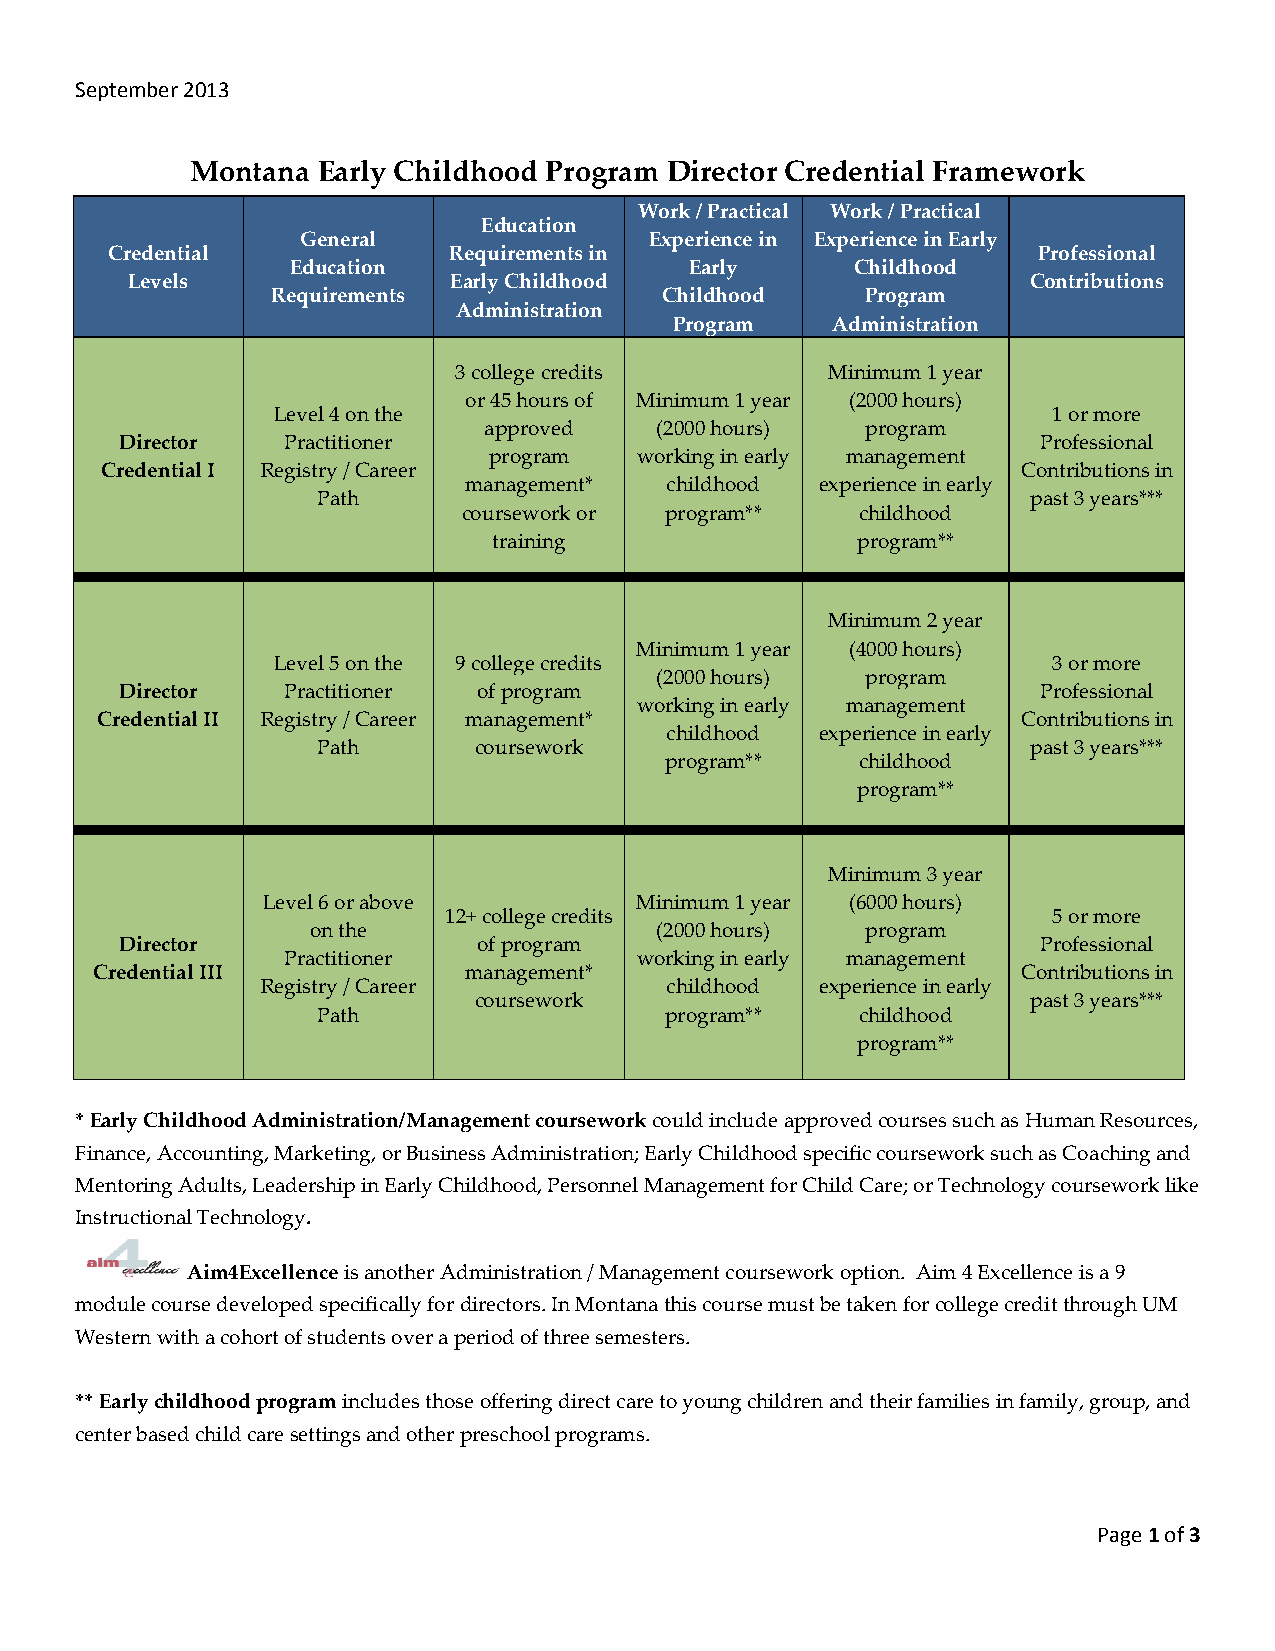
September 2013
 Montana Early Childhood Program Director Credential Framework
 Work / Practical Work / Practical
 Education
 General                Experience in Experience in Early
 Credential             Requirements in                        Professional
 Education                  Early      Childhood
 Levels                Early Childhood                       Contributions
 Requirements              Childhood    Program
 Administration
 Program   Administration
 3 college credits        Minimum 1 year
 or 45 hours of Minimum 1 year (2000 hours)
 Level 4 on the                                      1 or more
 approved   (2000 hours)  program
 Director   Practitioner                                      Professional
 program   working in early management
 Credential I Registry / Career                               Contributions in
 management*  childhood experience in early
 Path                                           past 3 years***
 coursework or program**   childhood
 training                program**
 Minimum 2 year
 Minimum 1 year (4000 hours)
 Level 5 on the 9 college credits                    3 or more
 (2000 hours)  program
 Director   Practitioner of program                           Professional
 working in early management
 Credential II Registry / Career management*                   Contributions in
 childhood experience in early
 Path      coursework                           past 3 years***
 program**    childhood
 program**
 Minimum 3 year
 Level 6 or above         Minimum 1 year (6000 hours)
 12+ college credits                      5 or more
 on the                 (2000 hours)  program
 Director                of program                           Professional
 Practitioner           working in early management
 Credential III           management*                          Contributions in
 Registry / Career          childhood experience in early
 coursework                           past 3 years***
 Path                   program**    childhood
 program**
 * Early Childhood Administration/Management coursework could include approved courses such as Human Resources,
 Finance, Accounting, Marketing, or Business Administration; Early Childhood specific coursework such as Coaching and
 Mentoring Adults, Leadership in Early Childhood, Personnel Management for Child Care; or Technology coursework like
 Instructional Technology.
 Aim4Excellence is another Administration / Management coursework option. Aim 4 Excellence is a 9
 module course developed specifically for directors. In Montana this course must be taken for college credit through UM
 Western with a cohort of students over a period of three semesters.
 ** Early childhood program includes those offering direct care to young children and their families in family, group, and
 center based child care settings and other preschool programs.
 Page 1 of 3